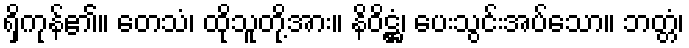
ရှိကုန်၏။ တေသံ၊ ထိုသူတို့အား။ နိဝိဋ္ဌံ၊ ပေးသွင်းအပ်သော။ ဘတ္တံ၊